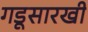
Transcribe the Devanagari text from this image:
गडूसारखी